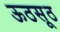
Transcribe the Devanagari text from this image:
ऊठसूठ